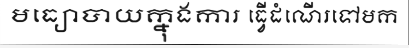
មធ្យោបាយក្នុងការ ធ្វើដំណើរទៅមក